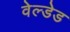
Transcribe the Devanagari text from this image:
वेल्डेड